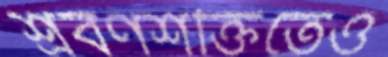
শ্রবণশক্তিতেও